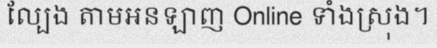
ល្បែង តាមអនឡាញ Online ទាំងស្រុង។